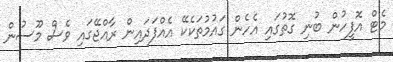
މެޓް އޮފީހުން ބުނި ގޮތުގައި އެހެން ގައުމުތަކެކޭ އެއްފަދައިން ރާއްޖޭގައި ވެސް މޫސުން